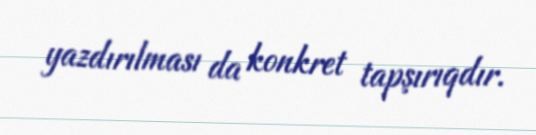
yazdırılması da konkret tapşırıqdır.